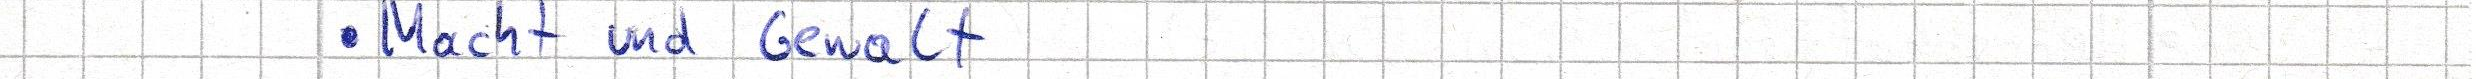
Macht und Gewalt